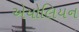
એયોલિયન